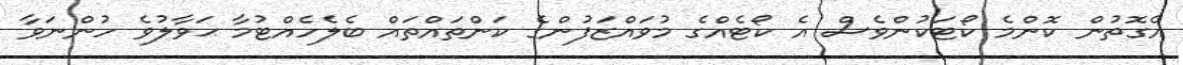
އެގޮތުން ކޮންމެ ކޯޓަކުންވެސް އެ ކޯޓެއްގެ މުވައްޒަފުންގެ ކަންތައްތައް ބެލެހެއްޓުމާ ޙަވާލުވެ ހުންނަވާ